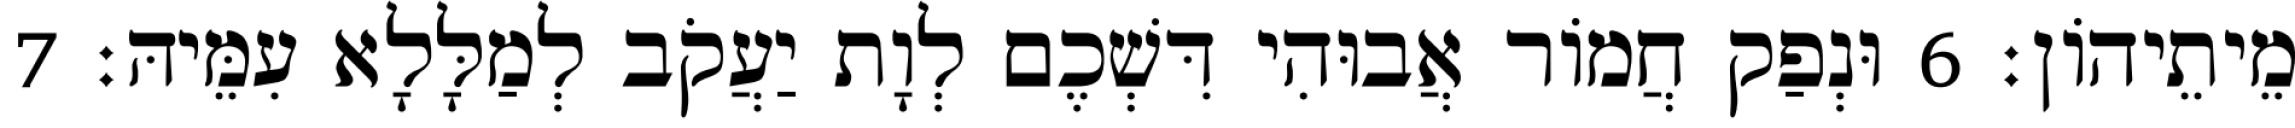
מֵיתֵיהוֹן׃ 6 וּנְפַק חֲמוֹר אֲבוּהִי דִּשְׁכֶם לְוָת יַעֲקֹב לְמַלָּלָא עִמֵּיהּ׃ 7